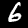
Label: 6